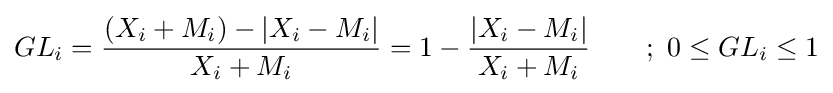
GL_{i}={\dfrac {(X_{i}+M_{i})-\left|X_{i}-M_{i}\right|}{X_{i}+M_{i}}}=1-{\dfrac {\left|X_{i}-M_{i}\right|}{X_{i}+M_{i}}}\qquad ;\ 0\leq GL_{i}\leq 1